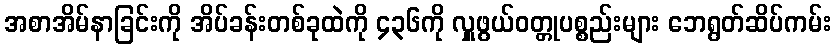
အစာအိမ်နာခြင်းကို အိပ်ခန်းတစ်ခုထဲကို ၄၃၆ကို လှူဖွယ်ဝတ္တုပစ္စည်းများ ဘေရွတ်ဆိပ်ကမ်း